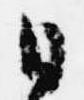
日